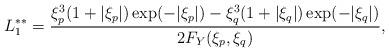
LaTeX: \begin{align*} L_{1}^{\ast\ast}=\frac{\xi_{p}^{3}(1+|\xi_{p}|)\exp(-|\xi_{p}|)-\xi_{q}^{3}(1+|\xi_{q}|)\exp(-|\xi_{q}|)}{2F_{Y}(\xi_{p},\xi_{q})},\end{align*}